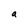
Character: a